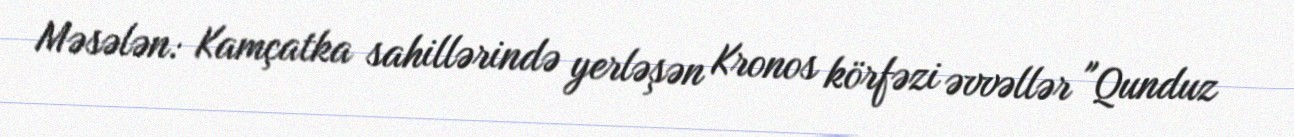
Məsələn: Kamçatka sahillərində yerləşən Kronos körfəzi əvvəllər "Qunduz